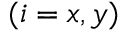
( i = x , y )